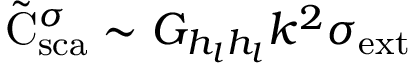
\tilde { \mathrm { { C } } } _ { \mathrm { { s c a } } } ^ { \sigma } \sim G _ { h _ { l } h _ { l } } k ^ { 2 } { \sigma } _ { \mathrm { { e x t } } }